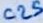
Text: C25